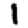
Digit: 1